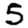
Digit: 5